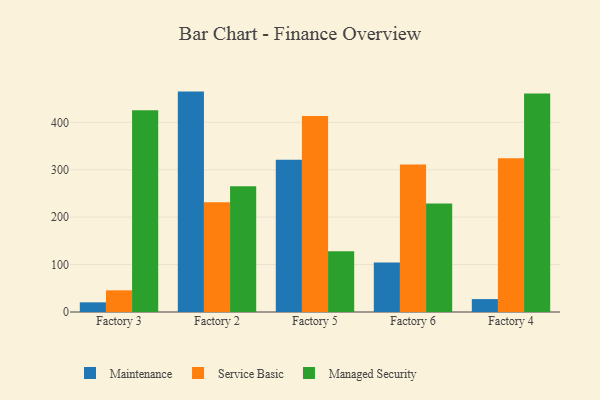
{"axis": {"x": "Factory", "y": "Energy Usage (MWh)"}, "legend": ["Maintenance", "Managed Security", "Service Basic"], "data": [{"x": "Factory 3", "y": 20.4, "type": "Maintenance"}, {"x": "Factory 3", "y": 45.7, "type": "Service Basic"}, {"x": "Factory 3", "y": 425.7, "type": "Managed Security"}, {"x": "Factory 2", "y": 464.8, "type": "Maintenance"}, {"x": "Factory 2", "y": 231.7, "type": "Service Basic"}, {"x": "Factory 2", "y": 265.1, "type": "Managed Security"}, {"x": "Factory 5", "y": 321.2, "type": "Maintenance"}, {"x": "Factory 5", "y": 413.2, "type": "Service Basic"}, {"x": "Factory 5", "y": 128.1, "type": "Managed Security"}, {"x": "Factory 6", "y": 104.4, "type": "Maintenance"}, {"x": "Factory 6", "y": 311.1, "type": "Service Basic"}, {"x": "Factory 6", "y": 228.8, "type": "Managed Security"}, {"x": "Factory 4", "y": 27.2, "type": "Maintenance"}, {"x": "Factory 4", "y": 324.4, "type": "Service Basic"}, {"x": "Factory 4", "y": 461.0, "type": "Managed Security"}]}